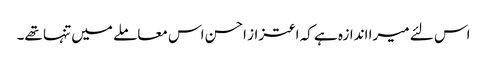
اس لئے میرا اندازہ ہے کہ اعتزاز احسن اس معاملے میں تنہا تھے۔